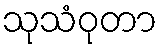
သုသံဝုတာ